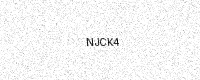
Text: NJCK4